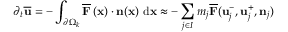
\partial _ { t } \overline { { \mathbf { u } } } = - \int _ { \partial \Omega _ { k } } \overline { { \mathbf { F } } } \left( \mathbf { x } \right) \cdot \mathbf { n } ( \mathbf { x } ) \ \mathrm { d } \mathbf { x } \approx - \sum _ { j \in I } m _ { j } \overline { { \mathbf { F } } } ( \mathbf { u } _ { j } ^ { - } , \mathbf { u } _ { j } ^ { + } , \mathbf { n } _ { j } )